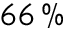
6 6 \, \%